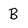
Character: B